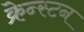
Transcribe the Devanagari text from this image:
क्रेन्स्टन